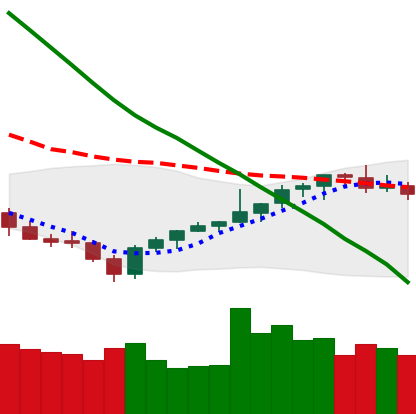
Ticker: LTC-USD
Chart end date: 2021-08-03
Forward return: 8.357%
Label: up_7plus